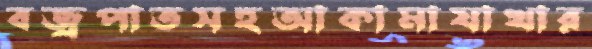
বজ্রপাতসহআকামাযাখার